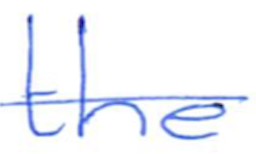
Text: the
Cross-out: single-line
Writing tool: ballpoint